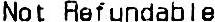
NOT REFUNDABLE